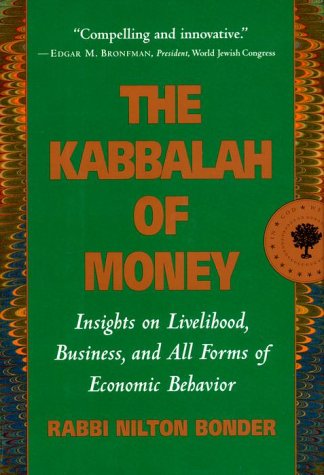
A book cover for The Kabbalah of Money: Insights on Livelihood, Business, and All Forms of Economic Behavior; Rabbi Nilton Bonder; Religion & Spirituality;